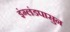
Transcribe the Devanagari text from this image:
इंग्लंडपासुन